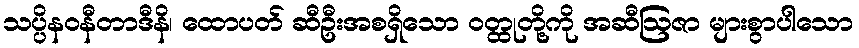
သပ္ပိနဝနီတာဒီနိ၊ ထောပတ် ဆီဦးအစရှိသော ဝတ္ထုတို့ကို အဆီဩဇာ များစွာပါသော